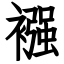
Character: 襁